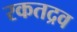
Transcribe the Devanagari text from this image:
रकतद्रव